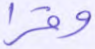
وقرا